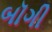
બૉગી